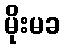
မိုးမခ